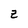
Character: Z